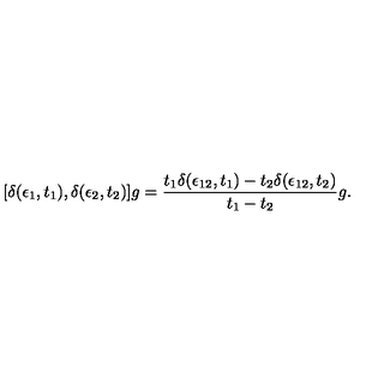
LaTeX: [ \delta ( \epsilon _ { 1 } , t _ { 1 } ) , \delta ( \epsilon _ { 2 } , t _ { 2 } ) ] g = { \frac { t _ { 1 } \delta ( \epsilon _ { 1 2 } , t _ { 1 } ) - t _ { 2 } \delta ( \epsilon _ { 1 2 } , t _ { 2 } ) } { t _ { 1 } - t _ { 2 } } } g .